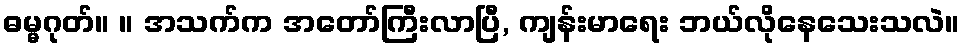
ဓမ္မဂုတ်။ ။ အသက်က အတော်ကြီးလာပြီ, ကျန်းမာရေး ဘယ်လိုနေသေးသလဲ။